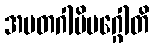
အမတဂါမိမဂ္ဂေါတိ